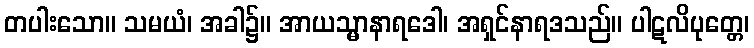
တပါးသော။ သမယံ၊ အခါ၌။ အာယသ္မာနာရဒေါ၊ အရှင်နာရဒသည်။ ပါဋလိပုတ္တေ၊